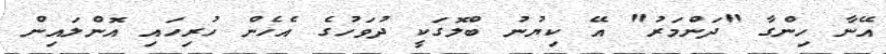
އޭނާ ހިންގާ "ދަންމަރު" އޭ ކިޔުނު ބްލޮގަކީ ދުވަހުގެ އެހެން ހުރިހައި އޮންލައިން